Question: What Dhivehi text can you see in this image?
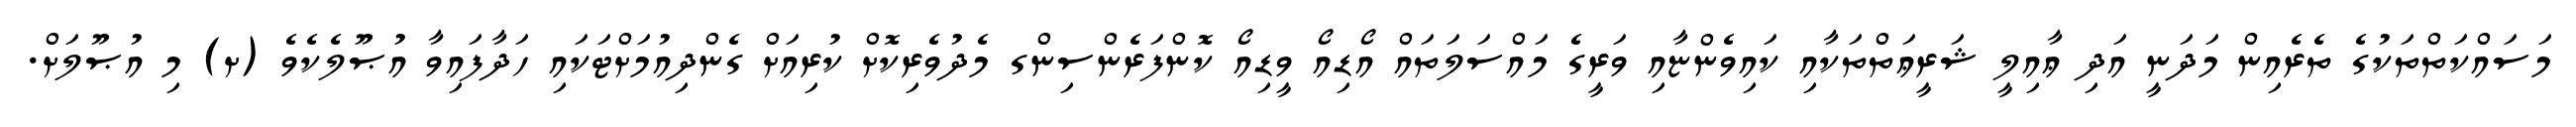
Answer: މަސައްކަތްތަކުގެ ތެރެއިން މަދަނީ އަދި ޢާއިލީ ޝަރީޢަތްތަކާއި ކައިވެންޏާއި ވަރީގެ މައްސަލަތައް އޯޑިއޯ ވީޑިއޯ ކޮންފަރެންސިންގ މެދުވެރިކޮށް ކުރިއަށް ގެންދިއުމަށްޓަކައި ހަދާފައިވާ އުޞޫލެކެވެ (ށ) މި އުޞޫލަށް.